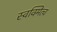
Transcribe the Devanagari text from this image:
स्वक्मित्व